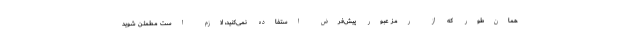
همان‌طور که از رمز عبور پیش‌فرض استفاده نمی‌کنید، لازم است مطمئن شوید